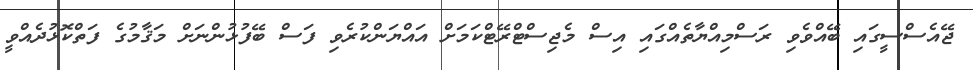
ޖޭއެސްސީގައި ބޭއްވެވި ރަސްމިއްޔާތެއްގައި އިސް މެޖިސްޓްރޭޓްކަމަށް އައްޔަންކުރެވި ފަސް ބޭފުޅުންނަށް މަޤާމުގެ ފަތްކޮޅުދެއްވީ